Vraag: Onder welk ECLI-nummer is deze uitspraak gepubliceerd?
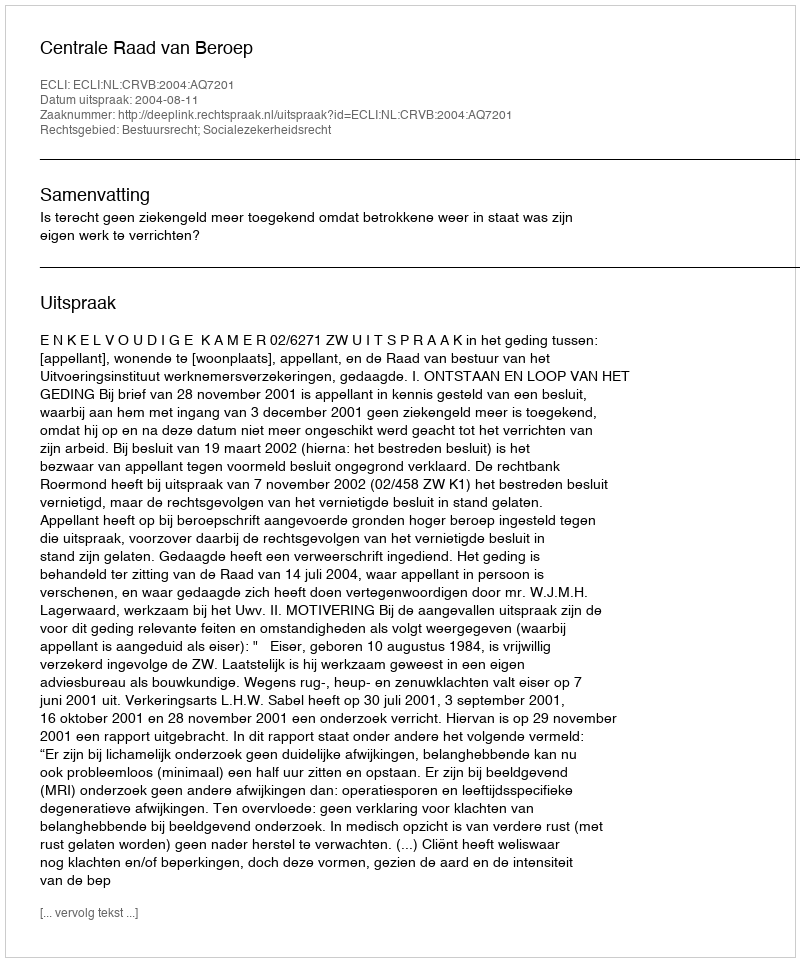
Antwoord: ECLI:NL:CRVB:2004:AQ7201